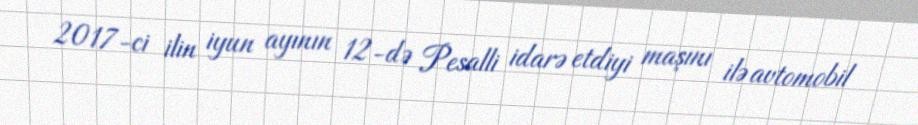
2017-ci ilin iyun ayının 12-də Pesalli idarə etdiyi maşını ilə avtomobil